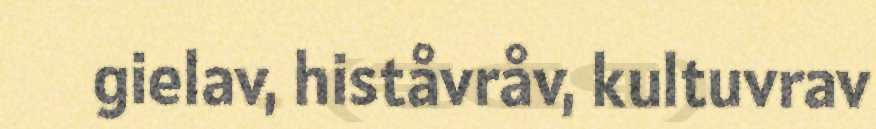
gielav, histåvråv, kultuvrav